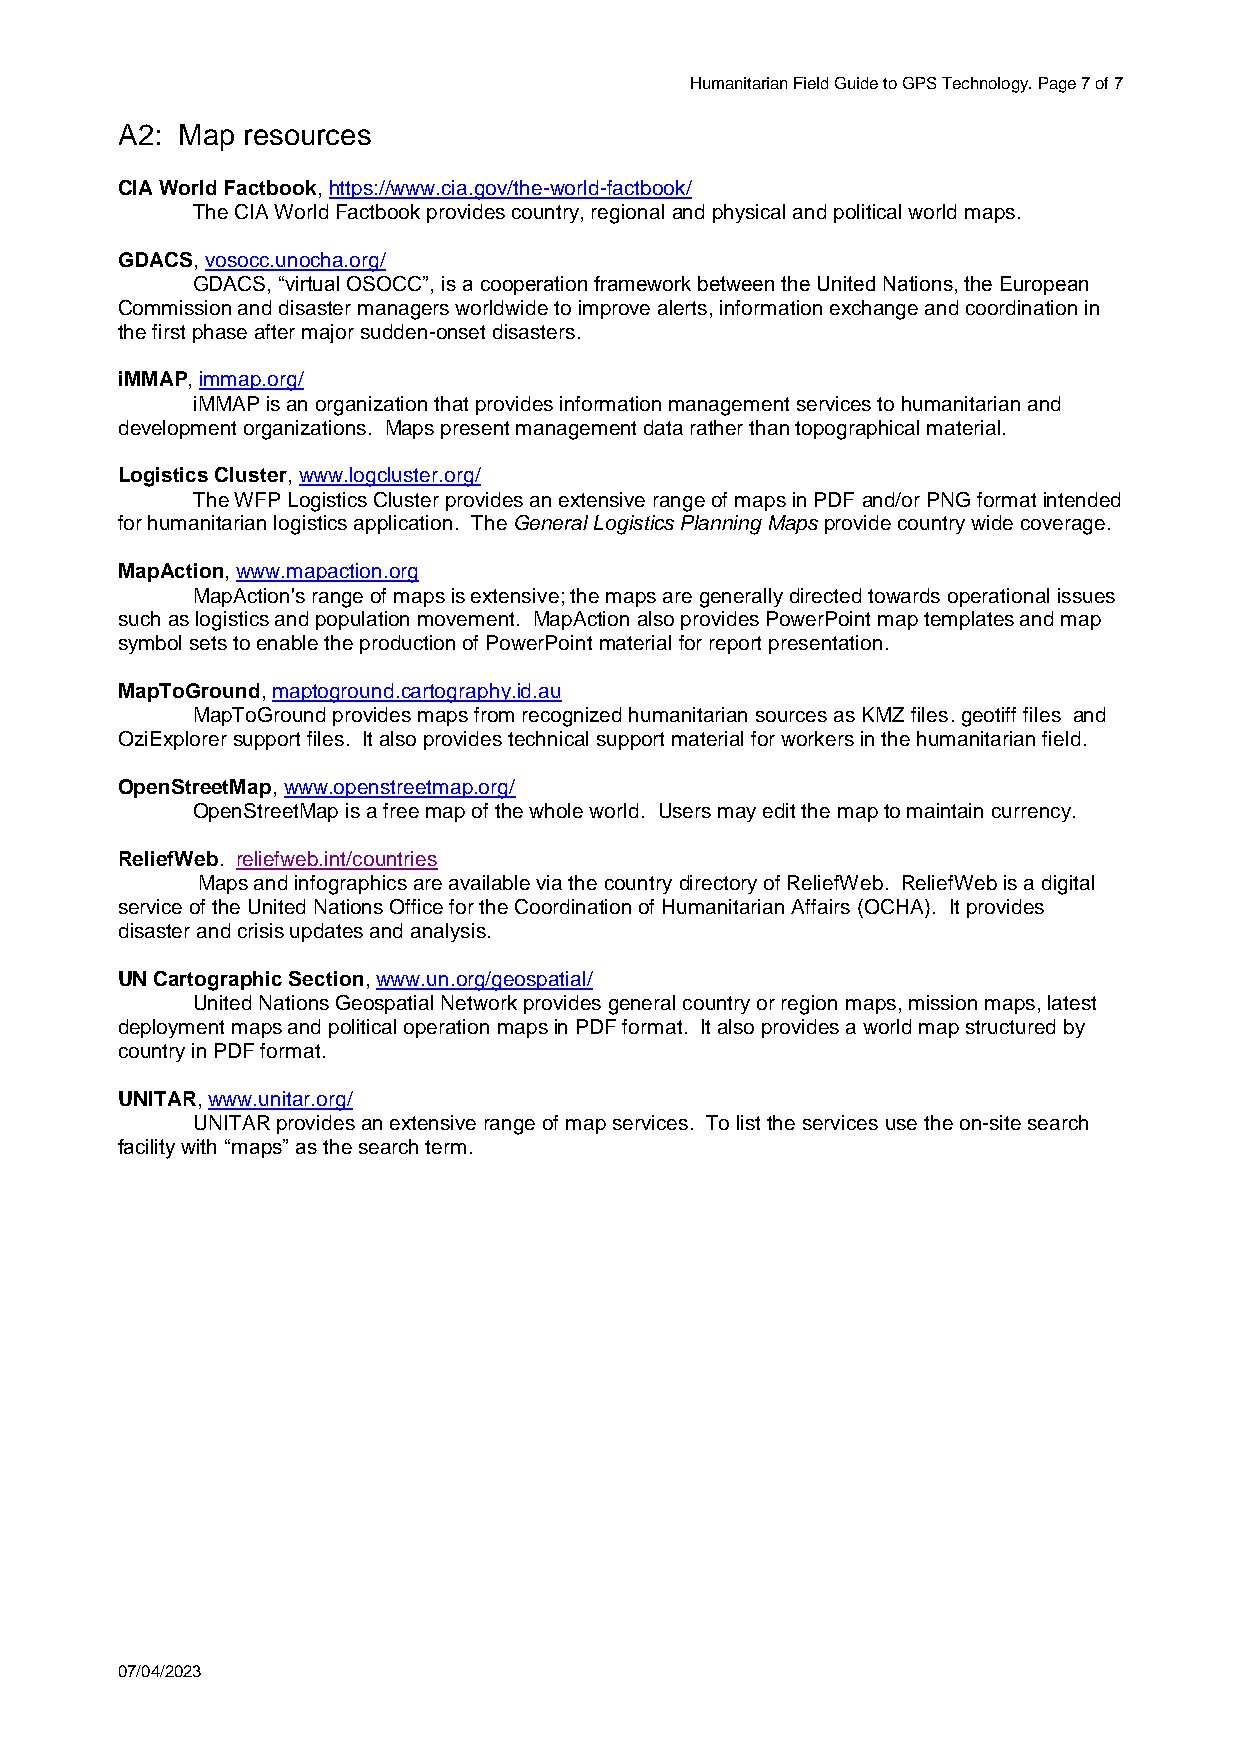
Humanitarian Field Guide to GPS Technology. Page 7 of 7
 A2: Map resources
 CIA World Factbook, https://www.cia.gov/the-world-factbook/
 The CIA World Factbook provides country, regional and physical and political world maps.
 GDACS, vosocc.unocha.org/
 GDACS, “virtual OSOCC”, is a cooperation framework between the United Nations, the European
 Commission and disaster managers worldwide to improve alerts, information exchange and coordination in
 the first phase after major sudden-onset disasters.
 iMMAP, immap.org/
 iMMAP is an organization that provides information management services to humanitarian and
 development organizations. Maps present management data rather than topographical material.
 Logistics Cluster, www.logcluster.org/
 The WFP Logistics Cluster provides an extensive range of maps in PDF and/or PNG format intended
 for humanitarian logistics application. The General Logistics Planning Maps provide country wide coverage.
 MapAction, www.mapaction.org
 MapAction's range of maps is extensive; the maps are generally directed towards operational issues
 such as logistics and population movement. MapAction also provides PowerPoint map templates and map
 symbol sets to enable the production of PowerPoint material for report presentation.
 MapToGround, maptoground.cartography.id.au
 MapToGround provides maps from recognized humanitarian sources as KMZ files. geotiff files and
 OziExplorer support files. It also provides technical support material for workers in the humanitarian field.
 OpenStreetMap, www.openstreetmap.org/
 OpenStreetMap is a free map of the whole world. Users may edit the map to maintain currency.
 ReliefWeb. reliefweb.int/countries
 Maps and infographics are available via the country directory of ReliefWeb. ReliefWeb is a digital
 service of the United Nations Office for the Coordination of Humanitarian Affairs (OCHA). It provides
 disaster and crisis updates and analysis.
 UN Cartographic Section, www.un.org/geospatial/
 United Nations Geospatial Network provides general country or region maps, mission maps, latest
 deployment maps and political operation maps in PDF format. It also provides a world map structured by
 country in PDF format.
 UNITAR, www.unitar.org/
 UNITAR provides an extensive range of map services. To list the services use the on-site search
 facility with “maps” as the search term.
 07/04/2023